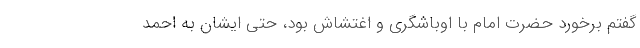
گفتم برخورد حضرت امام با اوباشگری و اغتشاش بود، حتی ایشان به احمد